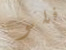
فلو